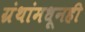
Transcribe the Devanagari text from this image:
ग्रंथांमधूनही